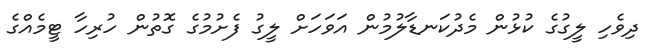
ދިވެހި ލީގުގެ ކުޅުން މެދުކަނޑާލުމުން އަވަހަށް ލީގު ފެށުމުގެ ގޮތުން ހުރިހާ ޓީމެއްގެ